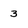
Character: 3